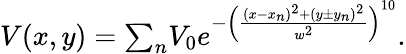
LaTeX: \begin{array}{r}{V(x,y)={\sum_{n}}V_{0}e^{-\left(\frac{(x-x_{n})^{2}+(y\pm y_{n})^{2}}{w^{2}}\right)^{10}}.}\end{array}